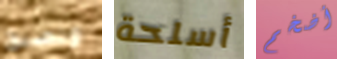
ونصبح أسلحة أضخم